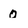
Character: 0